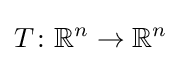
T\colon \mathbb {R} ^{n}\to \mathbb {R} ^{n}